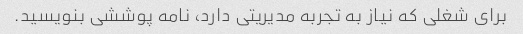
برای شغلی که نیاز به تجربه مدیریتی دارد، نامه پوششی بنویسید.